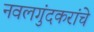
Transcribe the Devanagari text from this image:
नवलगुंदकरांचे